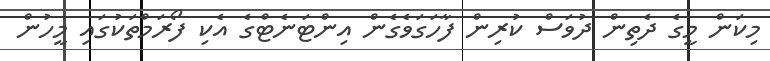
މިކަން މީގެ ދެތިން ދުވަސް ކުރިން ފާހަގަވެގެން އިންޓަނެޓްގެ އެކި ފޯރަމްތަކުގައި މީހުން